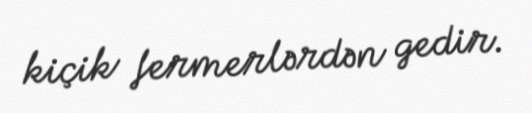
kiçik fermerlərdən gedir.